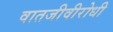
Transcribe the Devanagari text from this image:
वातजीवीरोधी